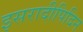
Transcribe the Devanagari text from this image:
इसरादीपिदिन